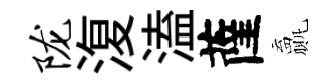
陇𣸪溘薩贏